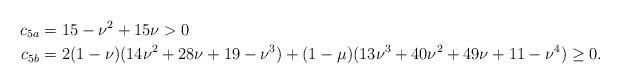
LaTeX: \begin{align*}c_{5a}&=15-\nu^2+15\nu>0\\c_{5b}&=2(1-\nu) (14\nu^2+28\nu+19-\nu^3)+(1-\mu)(13\nu^3+40\nu^2+49\nu+11-\nu^4)\ge 0.\end{align*}